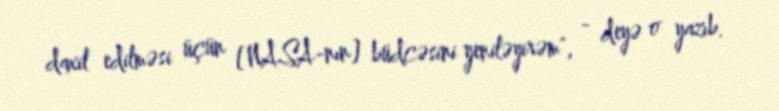
daxil edilməsi üçün [NASA-nın] büdcəsini yeniləyirəm", - deyə o yazıb.